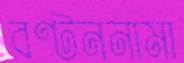
বণ্টননামা